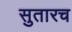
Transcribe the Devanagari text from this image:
सुतारच